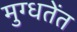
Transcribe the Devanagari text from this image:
मुग्धतेंत